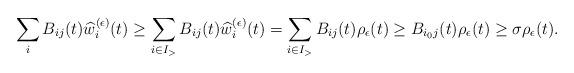
LaTeX: \begin{align*}{}\sum_{i}B_{ij}(t)\widehat{w}_{i}^{(\epsilon )}(t)\geq\sum_{i\in I_{>}}B_{ij}(t)\widehat{w}_{i}^{(\epsilon )}(t)=\sum_{i\in I_{>}}B_{ij}(t)\rho_{\epsilon}(t)\geq B_{i_{0}j}(t)\rho_{\epsilon}(t)\geq\sigma\rho_{\epsilon}(t).\end{align*}